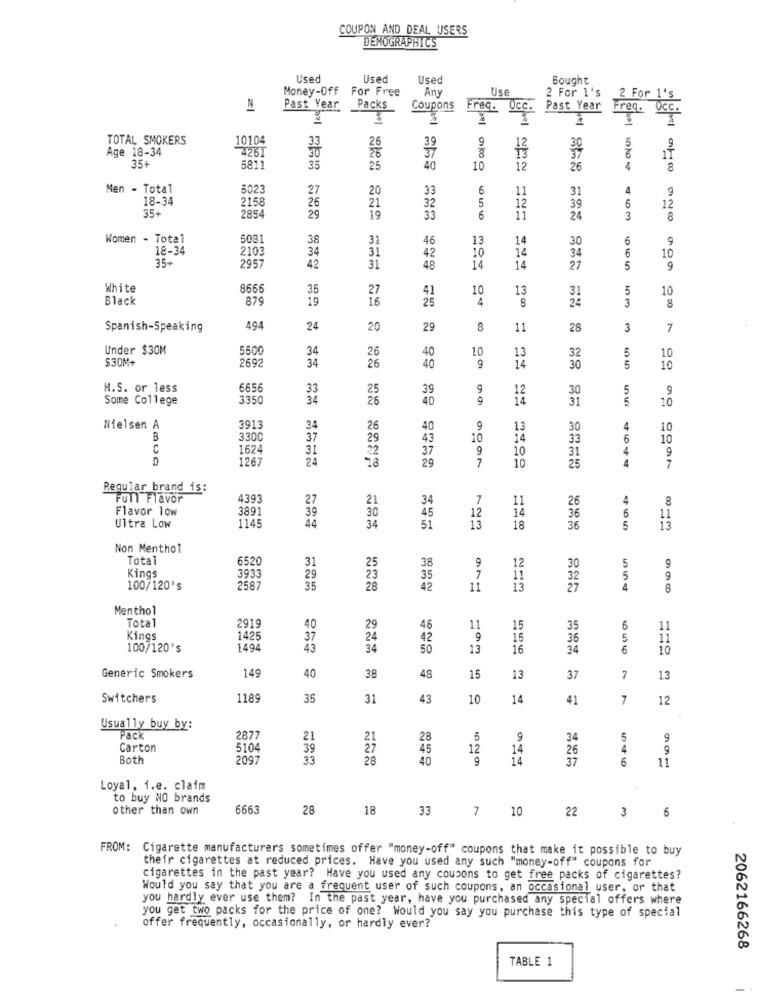
COUPON AND DEAL USERS
DEMOGRAPHICS
Used
Used
Used
Money-Off
For Free
Any
Use
2 For I's
Bought
2 For 1's
Past Year
Packs
Coupons
Freq.
OcC.
Past Year Freq.
OCC.
1
TOTAL SMOKERS
10104
9
Age 18-34
4261
33
30
5
9
35+
17
5811
35
25
40
10
12
NON
26
4
8
Men - Total
5023
27
20
33
6
11
31
4
18-34
2158
5
35+
26
21
32
33
12
39
6
12
2854
29
19
24
3
8
Women - Total
5081
38
31
46
13
14
30
6
18-34
2103
34
31
10
34
6
10
35+
2957
42
14
42
31
48
14
14
27
5
9
White
865
35
41
10
13
31
5
10
Black
879
19
27
16
25
4
8
24
3
8
Spanish-Speaking
494
24
20
29
8
11
28
3
7
Under $30M
5500
34
26
40
13
5
10
$30M+
2692
34
14
32
26
40
9
30
5
10
H.S. or less
6656
33
25
39
9
30
5
9
Some College
3350
34
26
40
9
31
5
10
Nielsen A
3913
34
26
40
9
13
30
4
10
B
3300
37
29
43
10
14
33
6
10
C
1624
31
22
37
9
10
31
4
9
D
1267
24
29
25
4
10
Regular brand is:
Full Flavor
4393
27
21
34
7
11
26
Flavor low
3891
39
45
12
36
5
1145
44
34
5
13
Ultra Low
51
13
18
36
Non Menthol
Total
6520
31
25
38
9
30
5
7
12
5
Kings
3933
29
35
11
32
100/120's
2587
35
28
42
11
13
27
4
8
Menthol
Total
2919
40
29
46
11
15
35
6
11
Kings
1425
37
24
42
9
15
36
5
11
100/120's
1494
43
50
13
16
34
6
10
149
Generic Smokers
40
38
48
15
13
37
7
13
Switchers
1189
35
31
43
10
14
41
7
12
Usually buy by:
Pack
287
21
21
28
5
9
34
5
9
Carton
5104
39
27
45
12
26
4
9
Both
2097
33
28
40
9
14
14
37
6
11
Loyal, i.e. claim
to buy NO brands
other than own
6663
28
18
33
7
10
22
6
3
FROM: Cigarette manufacturers sometimes offer "money-off" coupons that make it possible to buy
their cigarettes at reduced prices. Have you used any such "money-off" coupons for
cigarettes in the past year? Have you used any coupons to get free packs of cigarettes?
Would you say that you are a frequent user of such coupons, an occasional user, or that
you hardly ever use them? In the past year, have you purchased any special offers where
you get two packs for the price of one? Would you say you purchase this type of special
offer frequently, occasionally, or hardly ever?
2062166268
TABLE 1